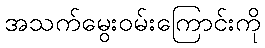
အသက်မွေးဝမ်းကြောင်းကို